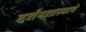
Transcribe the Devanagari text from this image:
दर्शनशास्त्राचे